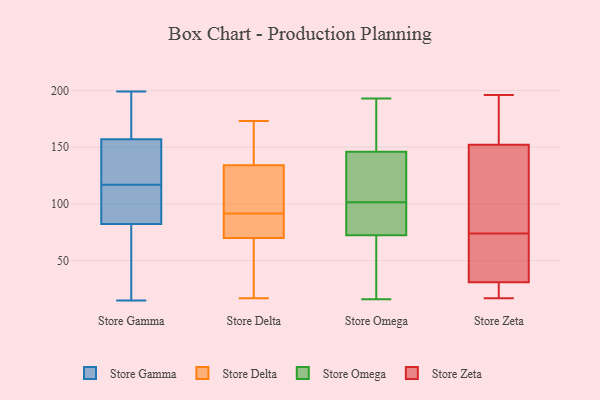
{"axis": {"x": "Conversion Rate (%)", "y": "Value"}, "legend": ["Store Delta", "Store Gamma", "Store Omega", "Store Zeta"], "data": [{"x": "", "y": 77, "type": "Store Gamma"}, {"x": "", "y": 141, "type": "Store Gamma"}, {"x": "", "y": 152, "type": "Store Gamma"}, {"x": "", "y": 172, "type": "Store Gamma"}, {"x": "", "y": 93, "type": "Store Gamma"}, {"x": "", "y": 199, "type": "Store Gamma"}, {"x": "", "y": 84, "type": "Store Gamma"}, {"x": "", "y": 15, "type": "Store Gamma"}, {"x": "", "y": 122, "type": "Store Gamma"}, {"x": "", "y": 117, "type": "Store Gamma"}, {"x": "", "y": 172, "type": "Store Gamma"}, {"x": "", "y": 139, "type": "Store Gamma"}, {"x": "", "y": 93, "type": "Store Gamma"}, {"x": "", "y": 107, "type": "Store Gamma"}, {"x": "", "y": 179, "type": "Store Gamma"}, {"x": "", "y": 40, "type": "Store Gamma"}, {"x": "", "y": 34, "type": "Store Gamma"}, {"x": "", "y": 173, "type": "Store Delta"}, {"x": "", "y": 81, "type": "Store Delta"}, {"x": "", "y": 57, "type": "Store Delta"}, {"x": "", "y": 134, "type": "Store Delta"}, {"x": "", "y": 169, "type": "Store Delta"}, {"x": "", "y": 76, "type": "Store Delta"}, {"x": "", "y": 58, "type": "Store Delta"}, {"x": "", "y": 160, "type": "Store Delta"}, {"x": "", "y": 89, "type": "Store Delta"}, {"x": "", "y": 17, "type": "Store Delta"}, {"x": "", "y": 167, "type": "Store Delta"}, {"x": "", "y": 90, "type": "Store Delta"}, {"x": "", "y": 120, "type": "Store Delta"}, {"x": "", "y": 106, "type": "Store Delta"}, {"x": "", "y": 93, "type": "Store Delta"}, {"x": "", "y": 128, "type": "Store Delta"}, {"x": "", "y": 70, "type": "Store Delta"}, {"x": "", "y": 21, "type": "Store Delta"}, {"x": "", "y": 52, "type": "Store Omega"}, {"x": "", "y": 79, "type": "Store Omega"}, {"x": "", "y": 98, "type": "Store Omega"}, {"x": "", "y": 144, "type": "Store Omega"}, {"x": "", "y": 193, "type": "Store Omega"}, {"x": "", "y": 102, "type": "Store Omega"}, {"x": "", "y": 66, "type": "Store Omega"}, {"x": "", "y": 16, "type": "Store Omega"}, {"x": "", "y": 174, "type": "Store Omega"}, {"x": "", "y": 115, "type": "Store Omega"}, {"x": "", "y": 101, "type": "Store Omega"}, {"x": "", "y": 148, "type": "Store Omega"}, {"x": "", "y": 17, "type": "Store Zeta"}, {"x": "", "y": 137, "type": "Store Zeta"}, {"x": "", "y": 196, "type": "Store Zeta"}, {"x": "", "y": 177, "type": "Store Zeta"}, {"x": "", "y": 184, "type": "Store Zeta"}, {"x": "", "y": 22, "type": "Store Zeta"}, {"x": "", "y": 139, "type": "Store Zeta"}, {"x": "", "y": 21, "type": "Store Zeta"}, {"x": "", "y": 53, "type": "Store Zeta"}, {"x": "", "y": 144, "type": "Store Zeta"}, {"x": "", "y": 47, "type": "Store Zeta"}, {"x": "", "y": 74, "type": "Store Zeta"}, {"x": "", "y": 34, "type": "Store Zeta"}]}